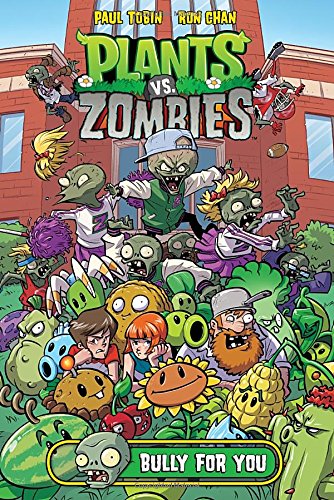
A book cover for Plants vs. Zombies: Bully For You; Paul Tobin; Comics & Graphic Novels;